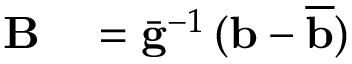
\begin{array} { r l } { { \bf B } } & { { } = \bar { \bf g } ^ { - 1 } \, ( { \bf b } - \overline { { \bf b } } ) } \end{array}